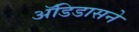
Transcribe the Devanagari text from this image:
अॅडिडासने